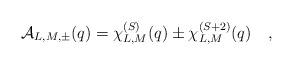
LaTeX: \begin{align*}{\cal A}_{L,M,\pm}(q) = \chi_{L,M}^{(S)}(q) \pm \chi_{L,M}^{(S+2)}(q) \quad,\end{align*}